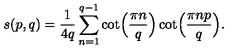
s ( p , q ) = { \frac { 1 } { 4 q } } \sum _ { n = 1 } ^ { q - 1 } \cot \Bigl ( { \frac { \pi n } { q } } \Bigr ) \cot \Bigl ( { \frac { \pi n p } { q } } \Bigr ) .